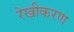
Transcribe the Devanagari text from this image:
रेखीकरण